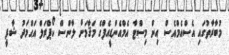
މުބާރާތުގައި އެސްއެމްއެސް އިން މިސްޓާ އެމްއެންޑީއެފްގެ މަޤާމަށް ލާންސް ކޯޕްރަލް އަޙްމަދު ޝާފީ